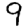
Digit: 9